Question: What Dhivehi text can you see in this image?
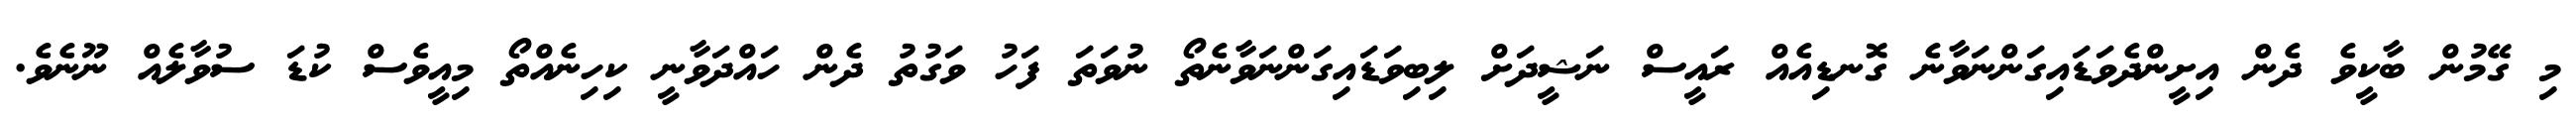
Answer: މި ގޭމުން ބާކީވެ ދެން އިށީންދެވަޑައިގަންނަވާނެ ގޮނޑިއެއް ރައީސް ނަޝީދަށް ލިބިވަޑައިގަންނަވާނެތޯ ނުވަތަ ފަހު ވަގުތު ދެން ހައްދަވާނީ ކިހިނެއްތޯ މިއީވެސް ކުޑަ ސުވާލެއް ނޫނެވެ.